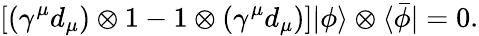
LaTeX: \lbrack(\gamma^{\mu}{d}_{\mu})\otimes 1-1\otimes(\gamma^{\mu}{d}_{\mu})]|\phi\rangle\otimes\langle\bar{\phi}|=0.